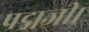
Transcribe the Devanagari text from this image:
पद्मजी।